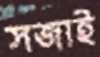
সজাই